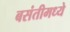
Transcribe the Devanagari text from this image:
बसंतीमध्ये